Black-water fever - Number 35
Disease focus: Fever
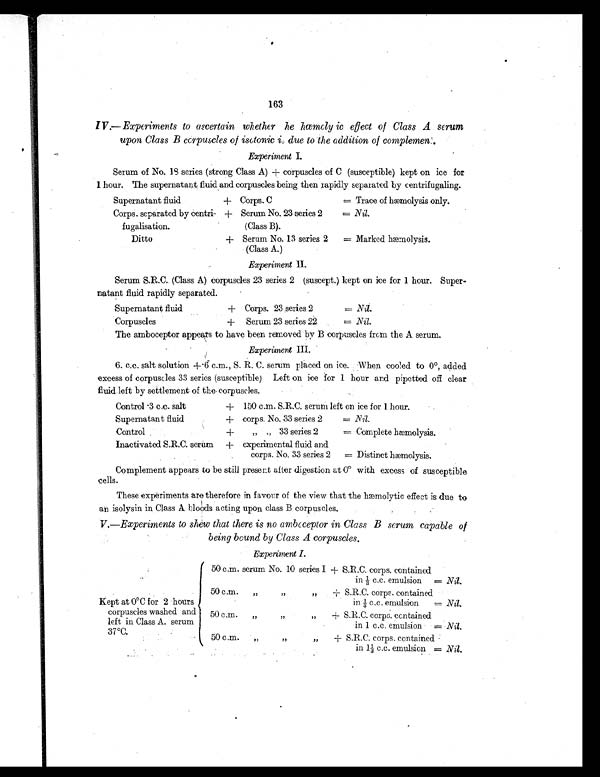
163
IV —Experiments to ascertain whether he hæmoly is effect of Class A serum
upon Class B corpuscles of isotonic is due to the addition of complement.
Experiment I.
Serum of No. 18 series (strong Class A) + corpuscles of C (susceptible) kept on ice for
1 hour. The supernatant fluid and corpuscles being then rapidly separated by centrifugaling.
Supernatant fluid
+ Corps. C
= Trace of hæmolysis only.
Corps. separated by centri-
fugalisation.
+ Serum No. 23 series 2
(Class B).
= Nil.
Ditto
+ Serum No. 13 series 2
(Class A.)
= Marked hæmolysis.
Experiment II.
Serum S.R.C. (Class A) corpuscles 23 series 2 (suscept.) kept on ice for 1 hour. Super-
natant fluid rapidly separated.
Supernatant fluid
+ Corps. 23 series 2
= Nil.
Corpuscles
+ Serum 23 series 22
= Nil.
The amboceptor appears to have been removed by B corpuscles from the A serum.
•
Experiment III.
6. c.c. salt solution +.6 c.m., S. R. C. serum placed on ice. When cooled to 0°, added
excess of corpuscles 33 series (susceptible) Left on ice for 1 hour and pipette off clear
fluid left by settlement of the corpuscles.
Control -3 c.c. salt
+ 150 c.m. S.R.C. serum left on ice for 1 hour.
Supernatant fluid
+ corps. No. 33 series 2
= Nil.
Control
+
„ ,,., 33 series 2
= Complete hæmolysis.
Inactivated S.R.C. serum
+ experimental fluid and
corps. No. 33 series 2
= Distinct hæmolysis.
Complement appears to be still present after digestion at 0º with excess of susceptible
cells.
These experiments are-therefore in favour of the view that the hæmolytic effect is due to
an isolysin in Class A bloods acting upon class B corpuscles.
V.—Experiments to shew that there is no ambcceptor in Class B serum capable of
being bound by Class A corpuscles.
Experiment I.
Kept at 0°C for 2 hours
corpuscles washed and
left in Class A. serum
37°C.
50 c.m. serum No. 10 series 1 + S.R.C. corps. contained
in ½c . c . e m u l s i o n
= Nil.
50 c.m.
,,
,, ,,
+ S.R.C. corps. contained
in 1/3 c.c. emulsion = Nil.
50 can.
,,
,,
+ S.R.C. corps. contained
in 1 c.c. emulsion = Nil.
50 c.m.
„
„
+ S.R.C. corps. contained
in 11/3 c.c. emulsion = N i l .